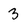
Character: 3